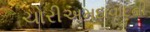
ચોરીઅમદાવાદની